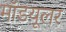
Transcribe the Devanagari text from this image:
मॉडयूलर